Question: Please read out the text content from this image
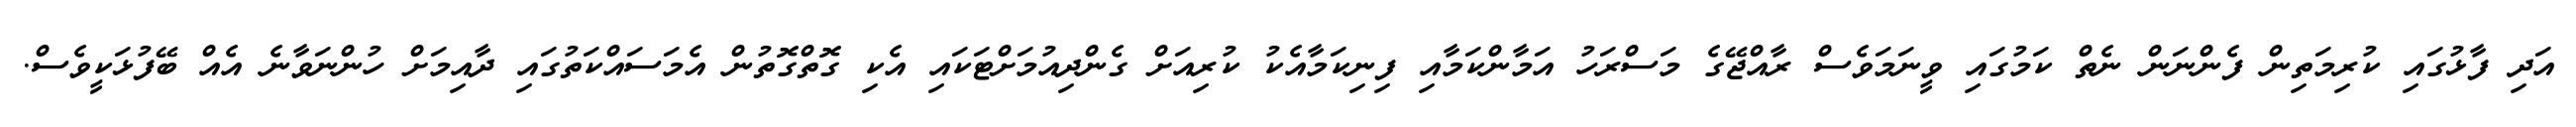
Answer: އަދި ފާޅުގައި ކުރިމަތިން ފެންނަން ނެތް ކަމުގައި ވީނަމަވެސް ރާއްޖޭގެ މަސްރަހު އަމާންކަމާއި ފިނިކަމާއެކު ކުރިއަށް ގެންދިއުމަށްޓަކައި އެކި ގޮތްގޮތުން އެމަސައްކަތުގައި ދާއިމަށް ހުންނަވާނެ އެއް ބޭފުޅަކީވެސް.